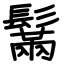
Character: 鬗